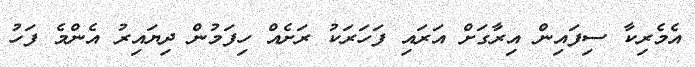
އެމެރިކާ ސިފައިން އިރާގަށް އަރައި ފަހަރަކު ރަށެއް ހިފަމުން ދިޔައިރު އެންމެ ފަހު